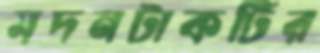
মদনটাকটির